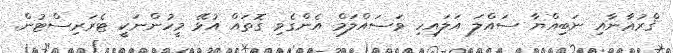
ޤްރުޢާނާއި ނަބިއްޔާ ސައްލަ އަލައިހި ވަސައްލަމް އެންގެވި ގޮތައް އުޅޭ މީހުންނަކީ ޓެރަރިސްޓުން.